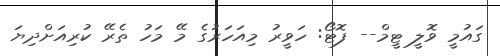
ގައުމީ ވޮލީ ޓީމް-- ފޮޓޯ: ހަވީރު މިއަހަރުގެ މޭ މަހު ތެރޭ ކުރިއަށްދިޔަ